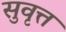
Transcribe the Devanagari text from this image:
सुवृत्त